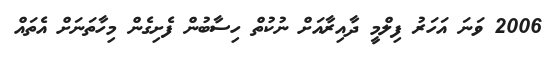
2006 ވަނަ އަހަރު ފިލްމީ ދާއިރާއަށް ނުކުތް ހިސާބުން ފެށިގެން މިހާތަނަށް އެތައް